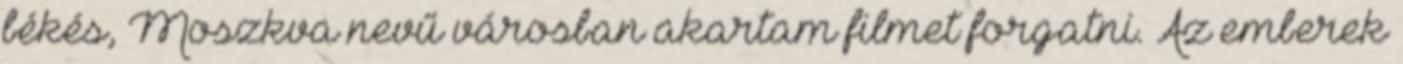
békés, Moszkva nevű városban akartam filmet forgatni. Az emberek